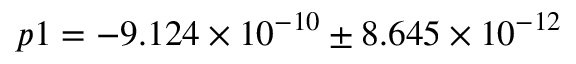
p 1 = - 9 . 1 2 4 \times 1 0 ^ { - 1 0 } \pm 8 . 6 4 5 \times 1 0 ^ { - 1 2 }